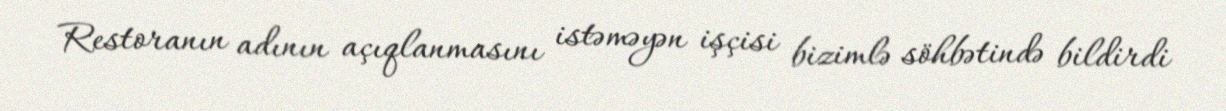
Restoranın adının açıqlanmasını istəməyən işçisi bizimlə söhbətində bildirdi